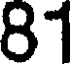
81